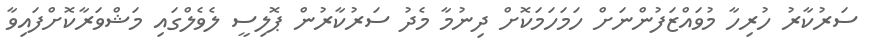
ސަރުކާރު ހުރިހާ މުވައްޒަފުންނަށް ހަމަހަމަކޮށް ދިނުމާ މެދު ސަރުކާރުން ޕޮލިސީ ލެވެލްގައި މަޝްވަރާކޮށްފައިވާ